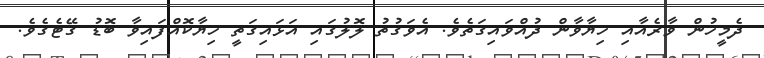
ދެމީހުން ވާރެއާއި ހިޔާވާން ދުއްވައިގަތެވެ. އެވަގުތު ލޮލުގައި އަޅައިގަތީ ހިޔާކޮއްފައިވާ ބޮޑު ގޭޓެގެވެ.